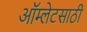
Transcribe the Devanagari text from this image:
ऑम्लेटसाठी